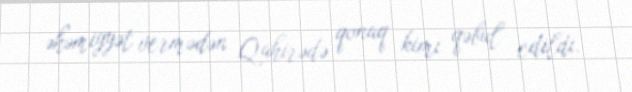
əhəmiyyət vermədən Qahirədə qonaq kimi qəbul edildi.